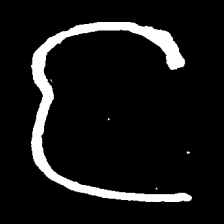
Pyu character \u2014 Myanmar letter: င (romanized: nga)